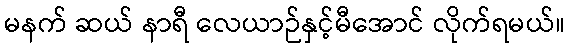
မနက် ဆယ် နာရီ လေယာဉ်နှင့်မီအောင် လိုက်ရမယ်။